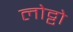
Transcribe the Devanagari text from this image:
लोट्टो